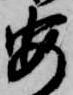
安